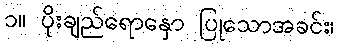
၁။ ပိုးချည်ရောနှော ပြုသောအခင်း၊